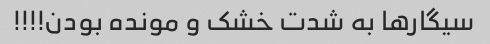
سیگارها به شدت خشک و مونده بودن!!!!